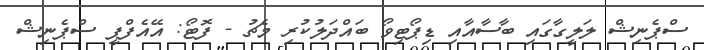
ސްޕެނިޝް ލަލީގާގައި ބާސާއާއި ޑިޕޯޓިވޯ ބައްދަލުކުރި މެޗު - ފޮޓޯ: އޭއެފްޕީ ސްޕެނިޝް